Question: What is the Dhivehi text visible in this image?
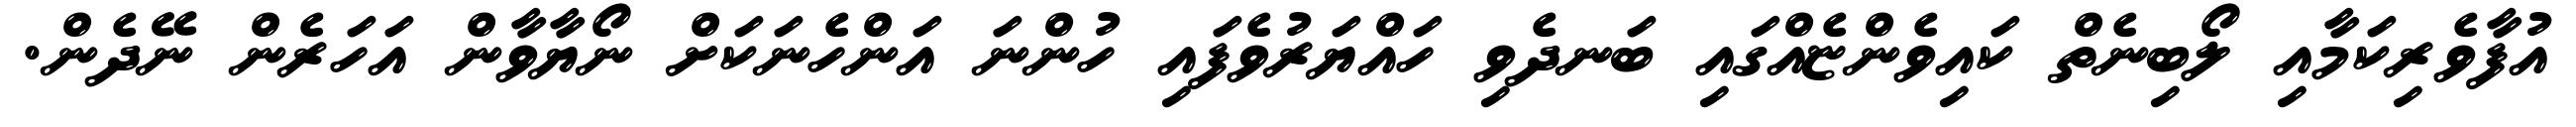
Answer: އުފާވެރިކަމާއި ލޯބިނެތް ކައިވެންޏެއްގައި ބަނދެވި ހައްޔަރުވެފައި ހުންނަ އަންހެނަކަށް ނޯޔާވާން އަހަރެން ނޭދެން.